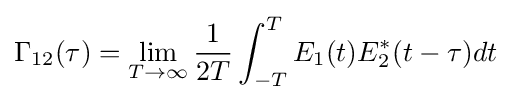
\Gamma _{12}(\tau )=\lim _{T\to \infty }{\frac {1}{2T}}\int _{-T}^{T}E_{1}(t)E_{2}^{*}(t-\tau )dt